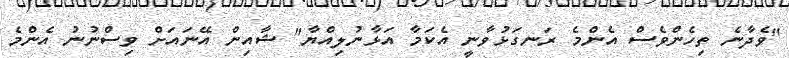
"ވެދާނެ ތިހެންވެސް އެންމެ ރަނގަޅުވާނީ އެކަމާ އަޅާނުލިއްޔާ" ޝާއިން އޭނައަށް ވިސްނުނު އެންމެ